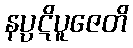
နပ္ပဋိပူဇေတိ